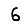
Digit: 6